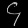
Digit: ၄